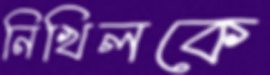
নিখিলকে